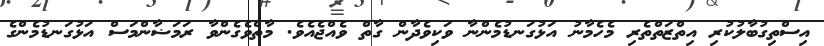
އިސްތިގުބާލުކުރި އިތްޒަތްތެރި މެހެމާނު އަޅުގަނޑުމެންނާ ވަކިވެދާން ގާތް ވެއްޖެއެވެ. މާތްވެގެންވާ ރަމަޟާންމަސް އަޅުގަނޑުމެންގެ